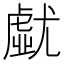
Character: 𡰐